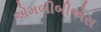
એમબીબીએસ